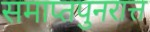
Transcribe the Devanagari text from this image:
समाप्तपुनरात्त